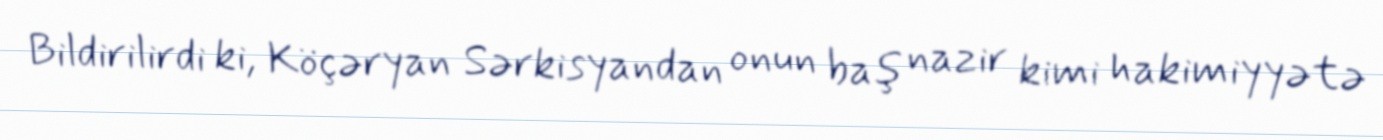
Bildirilirdi ki, Köçəryan Sərkisyandan onun baş nazir kimi hakimiyyətə